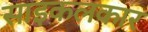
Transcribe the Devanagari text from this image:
साइकलकार